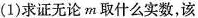
(1)求证无论m取什么实数，该